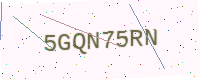
Text: 5GQN75RN